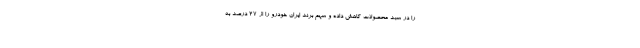
را در سبد محصولات کاهش داده و سهم برند ایران خودرو را از ۲۷ درصد به